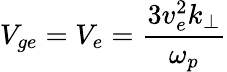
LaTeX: V_{ge}=V_{e}=\frac{3v_{e}^{2}k_{\perp}}{\omega_{p}}